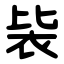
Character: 䘡